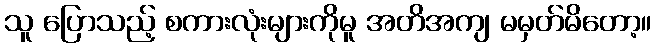
သူ ပြောသည့် စကားလုံးများကိုမူ အတိအကျ မမှတ်မိတော့။